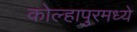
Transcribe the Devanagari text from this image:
कोल्हापुरमध्ये